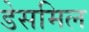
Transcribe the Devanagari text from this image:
डेसमिल